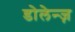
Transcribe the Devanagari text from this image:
डोलेन्ज़